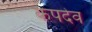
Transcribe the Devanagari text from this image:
कपदेव